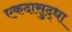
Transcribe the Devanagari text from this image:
एकदासुद्धा